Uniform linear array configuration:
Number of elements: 16
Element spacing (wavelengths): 0.25
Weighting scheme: binomial
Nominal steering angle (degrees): -45
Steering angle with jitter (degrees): -45.197
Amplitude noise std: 0.05
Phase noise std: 0.05

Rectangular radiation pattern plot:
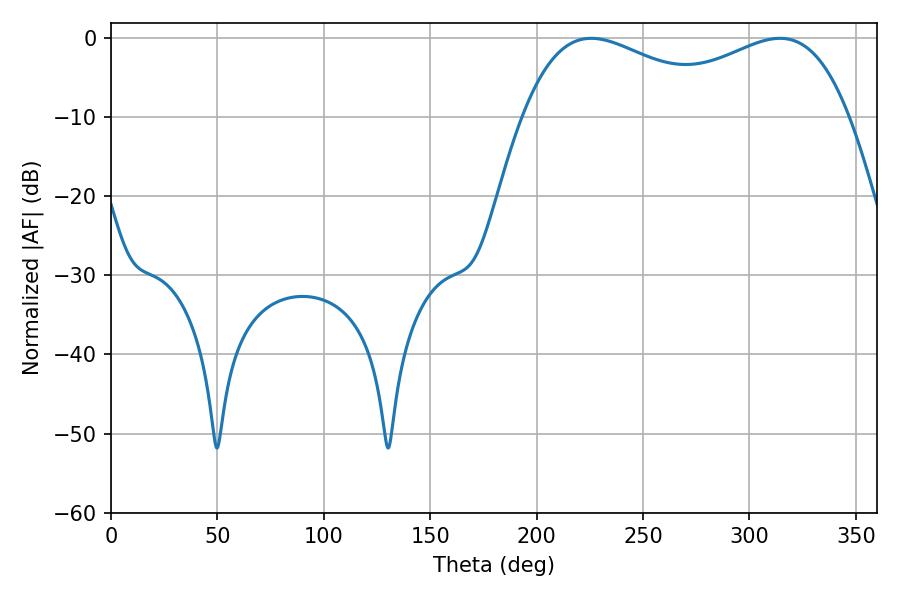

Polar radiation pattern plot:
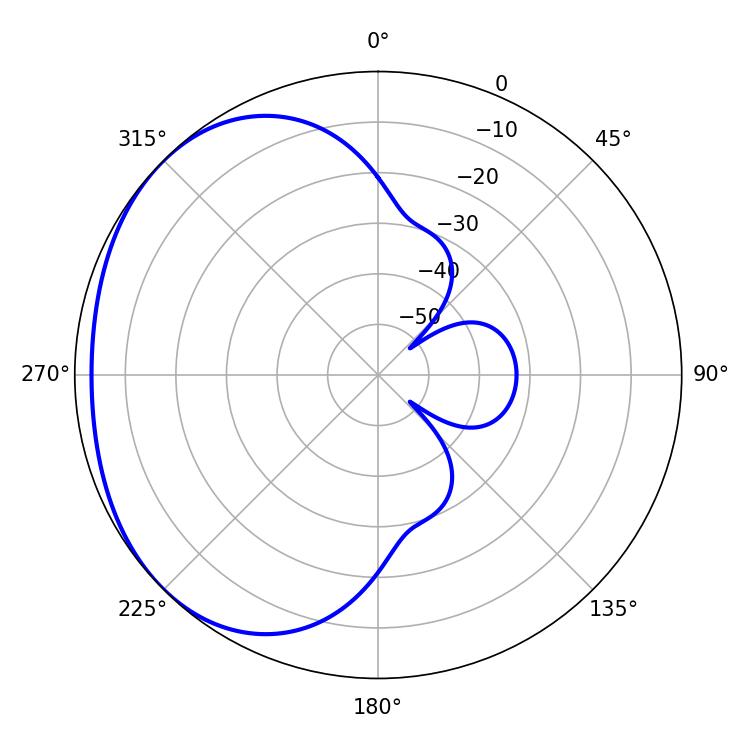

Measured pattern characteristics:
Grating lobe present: FALSE
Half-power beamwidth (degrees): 54.18
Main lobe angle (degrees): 225.72